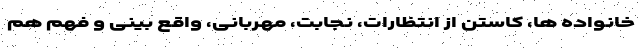
خانواده ها، کاستن از انتظارات، نجابت، مهربانی، واقع بینی و فهم هم